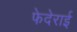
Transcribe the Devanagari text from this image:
फेदेराई